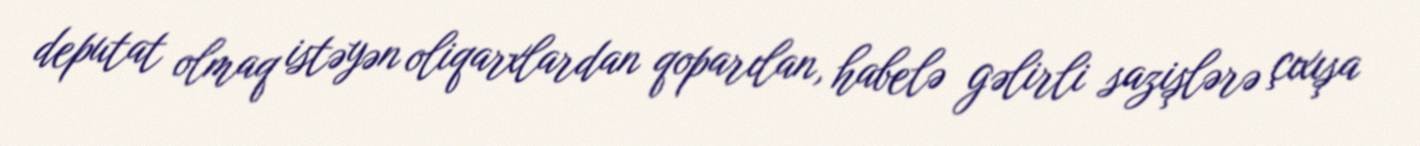
deputat olmaq istəyən oliqarxlardan qoparılan, habelə gəlirli sazişlərə çıxışa